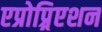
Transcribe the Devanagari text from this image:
एप्रोप्र्रिएशन